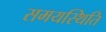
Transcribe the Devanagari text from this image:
समयस्थिति